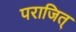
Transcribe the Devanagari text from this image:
पराजित्